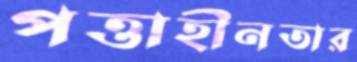
পত্তাহীনতার